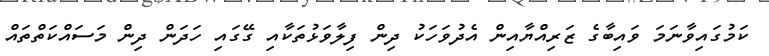
ކަމުގައިވާނަމަ ވައިބާގެ ޒަރިއްޔާއިން އެދުވަހަކު ދިން ފިލާވަޅުތަކާއި ގޭގައި ހަދަން ދިން މަސައްކަތްތައް